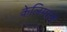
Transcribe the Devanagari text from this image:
केलिमाल